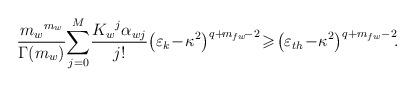
LaTeX: \begin{align*}\frac{{{m_w}^{{m_w}}}}{{\Gamma\!\left( {{m_w}} \right)}}\!\sum\limits_{j = 0}^M \!{\frac{{{K_w}^j{\alpha _{wj}}}}{{j!}}} {\left( {{\varepsilon _k}\! -\! {\kappa ^2}} \right)^{q +\! {m_{fw}} \!- 2}}\!\geqslant\! {\left( {{\varepsilon _{th}}\! -\! {\kappa ^2}} \right)^{q + {m_{fw}} - 2}}\!.\end{align*}